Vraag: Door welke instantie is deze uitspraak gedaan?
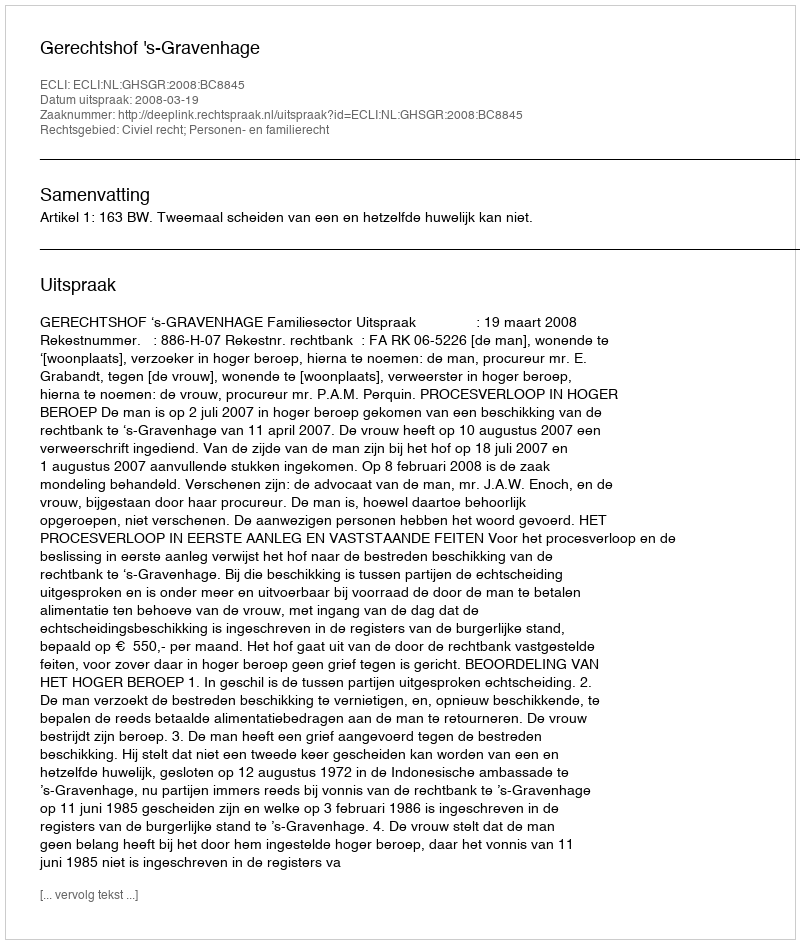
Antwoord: Gerechtshof 's-Gravenhage